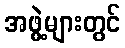
အဖွဲ့များတွင်